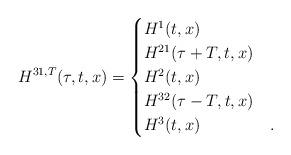
LaTeX: \begin{align*}H^{31,T}(\tau,t,x)=\begin{cases}H^1(t,x)&\\H^{21}(\tau+T,t,x)&\\H^2(t,x)&\\H^{32}(\tau-T,t,x)&\\H^3(t,x)&.\end{cases}\end{align*}